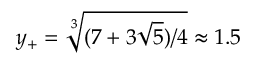
y _ { + } = \sqrt [ 3 ] { ( 7 + 3 \sqrt { 5 } ) / 4 } \approx 1 . 5